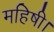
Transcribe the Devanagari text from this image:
महिषी।